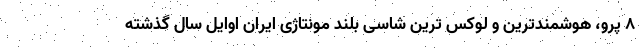
8 پرو، هوشمندترین و لوکس ترین شاسی بلند مونتاژی ایران اوایل سال گذشته